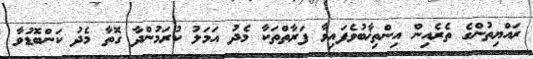
ރައްޔިތުންގެ ތެރެއިން އިންތިޚާބުވެފައިވާ ފަރާތްތަކާ މެދު އަމަލު ކުރަމުންދާ ގޮތާ މެދު ކަންބޮޑުވާ